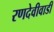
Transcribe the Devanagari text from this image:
रणदेवीवाडी